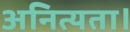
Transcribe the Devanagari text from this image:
अनित्यता।